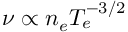
\nu \propto n _ { e } T _ { e } ^ { - 3 / 2 }